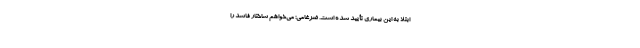
ابتلا به این بیماری تأیید شده است. ضرغامی: می‌خواهم ساختار فاسد را